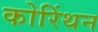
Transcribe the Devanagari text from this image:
कोरिंथन